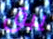
يبق